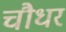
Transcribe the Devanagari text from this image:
चौधर